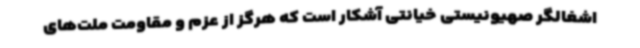
اشغالگر صهیونیستی خیانتی آشکار است که هرگز از عزم و مقاومت ملت‌های